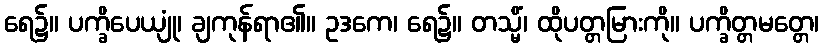
ရေ၌။ ပက္ခိပေယျုံ၊ ချကုန်ရာ၏။ ဥဒကေ၊ ရေ၌။ တသ္မိံ၊ ထိုပတ္တမြားကို။ ပက္ခိတ္တမတ္တေ၊